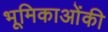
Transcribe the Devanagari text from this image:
भूमिकाओंकी